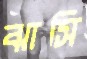
ঝাসি